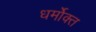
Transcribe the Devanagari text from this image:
धर्मोक्त